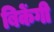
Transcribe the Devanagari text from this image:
बिकेंगी